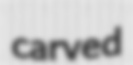
carved